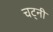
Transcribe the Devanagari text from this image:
चट्नी